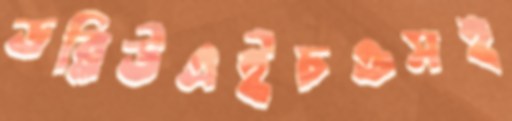
ডব্লিউএইচওসহ